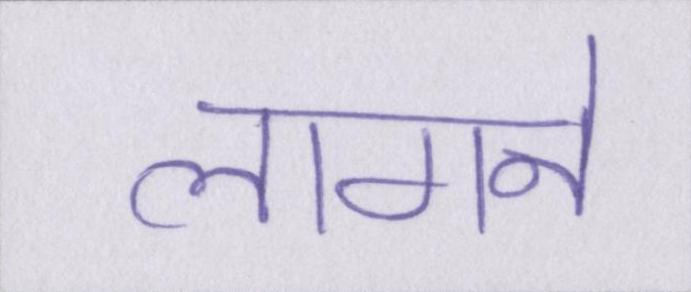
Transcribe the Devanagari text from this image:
लागने